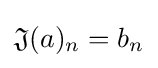
{\mathfrak {J}}(a)_{n}=b_{n}